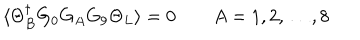
\langle \Theta _ { B } ^ { \dagger } G _ { 0 } G _ { A } G _ { 9 } \Theta _ { L } \rangle = 0 \qquad A = 1 , 2 , \dots , 8